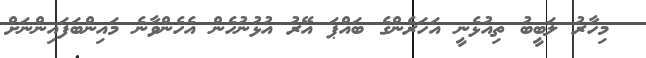
މިހާރު ލަބީބު ތިއުޅެނީ އަހަރެންގެ ބައްޕަ އޭރު އުޅުނުހެން އެހެންވާނެ މައިންބަފައިންނަށް